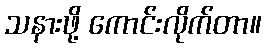
သနားဖို့ ကောင်းလိုက်တာ။